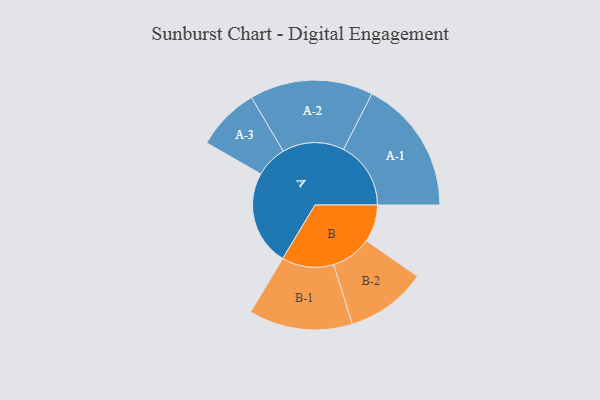
{"axis": {"x": "Segment", "y": "Value"}, "legend": ["", "A", "B"], "data": [{"x": "A", "y": 357, "type": ""}, {"x": "B", "y": 140, "type": ""}, {"x": "A-1", "y": 253, "type": "A"}, {"x": "A-2", "y": 232, "type": "A"}, {"x": "A-3", "y": 119, "type": "A"}, {"x": "B-1", "y": 195, "type": "B"}, {"x": "B-2", "y": 152, "type": "B"}]}